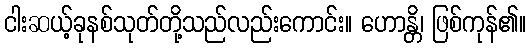
ငါးဆယ့်ခုနစ်သုတ်တို့သည်လည်းကောင်း။ ဟောန္တိ၊ ဖြစ်ကုန်၏။